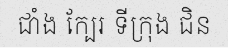
ជាំង ក្បែរ ទីក្រុង ជិន